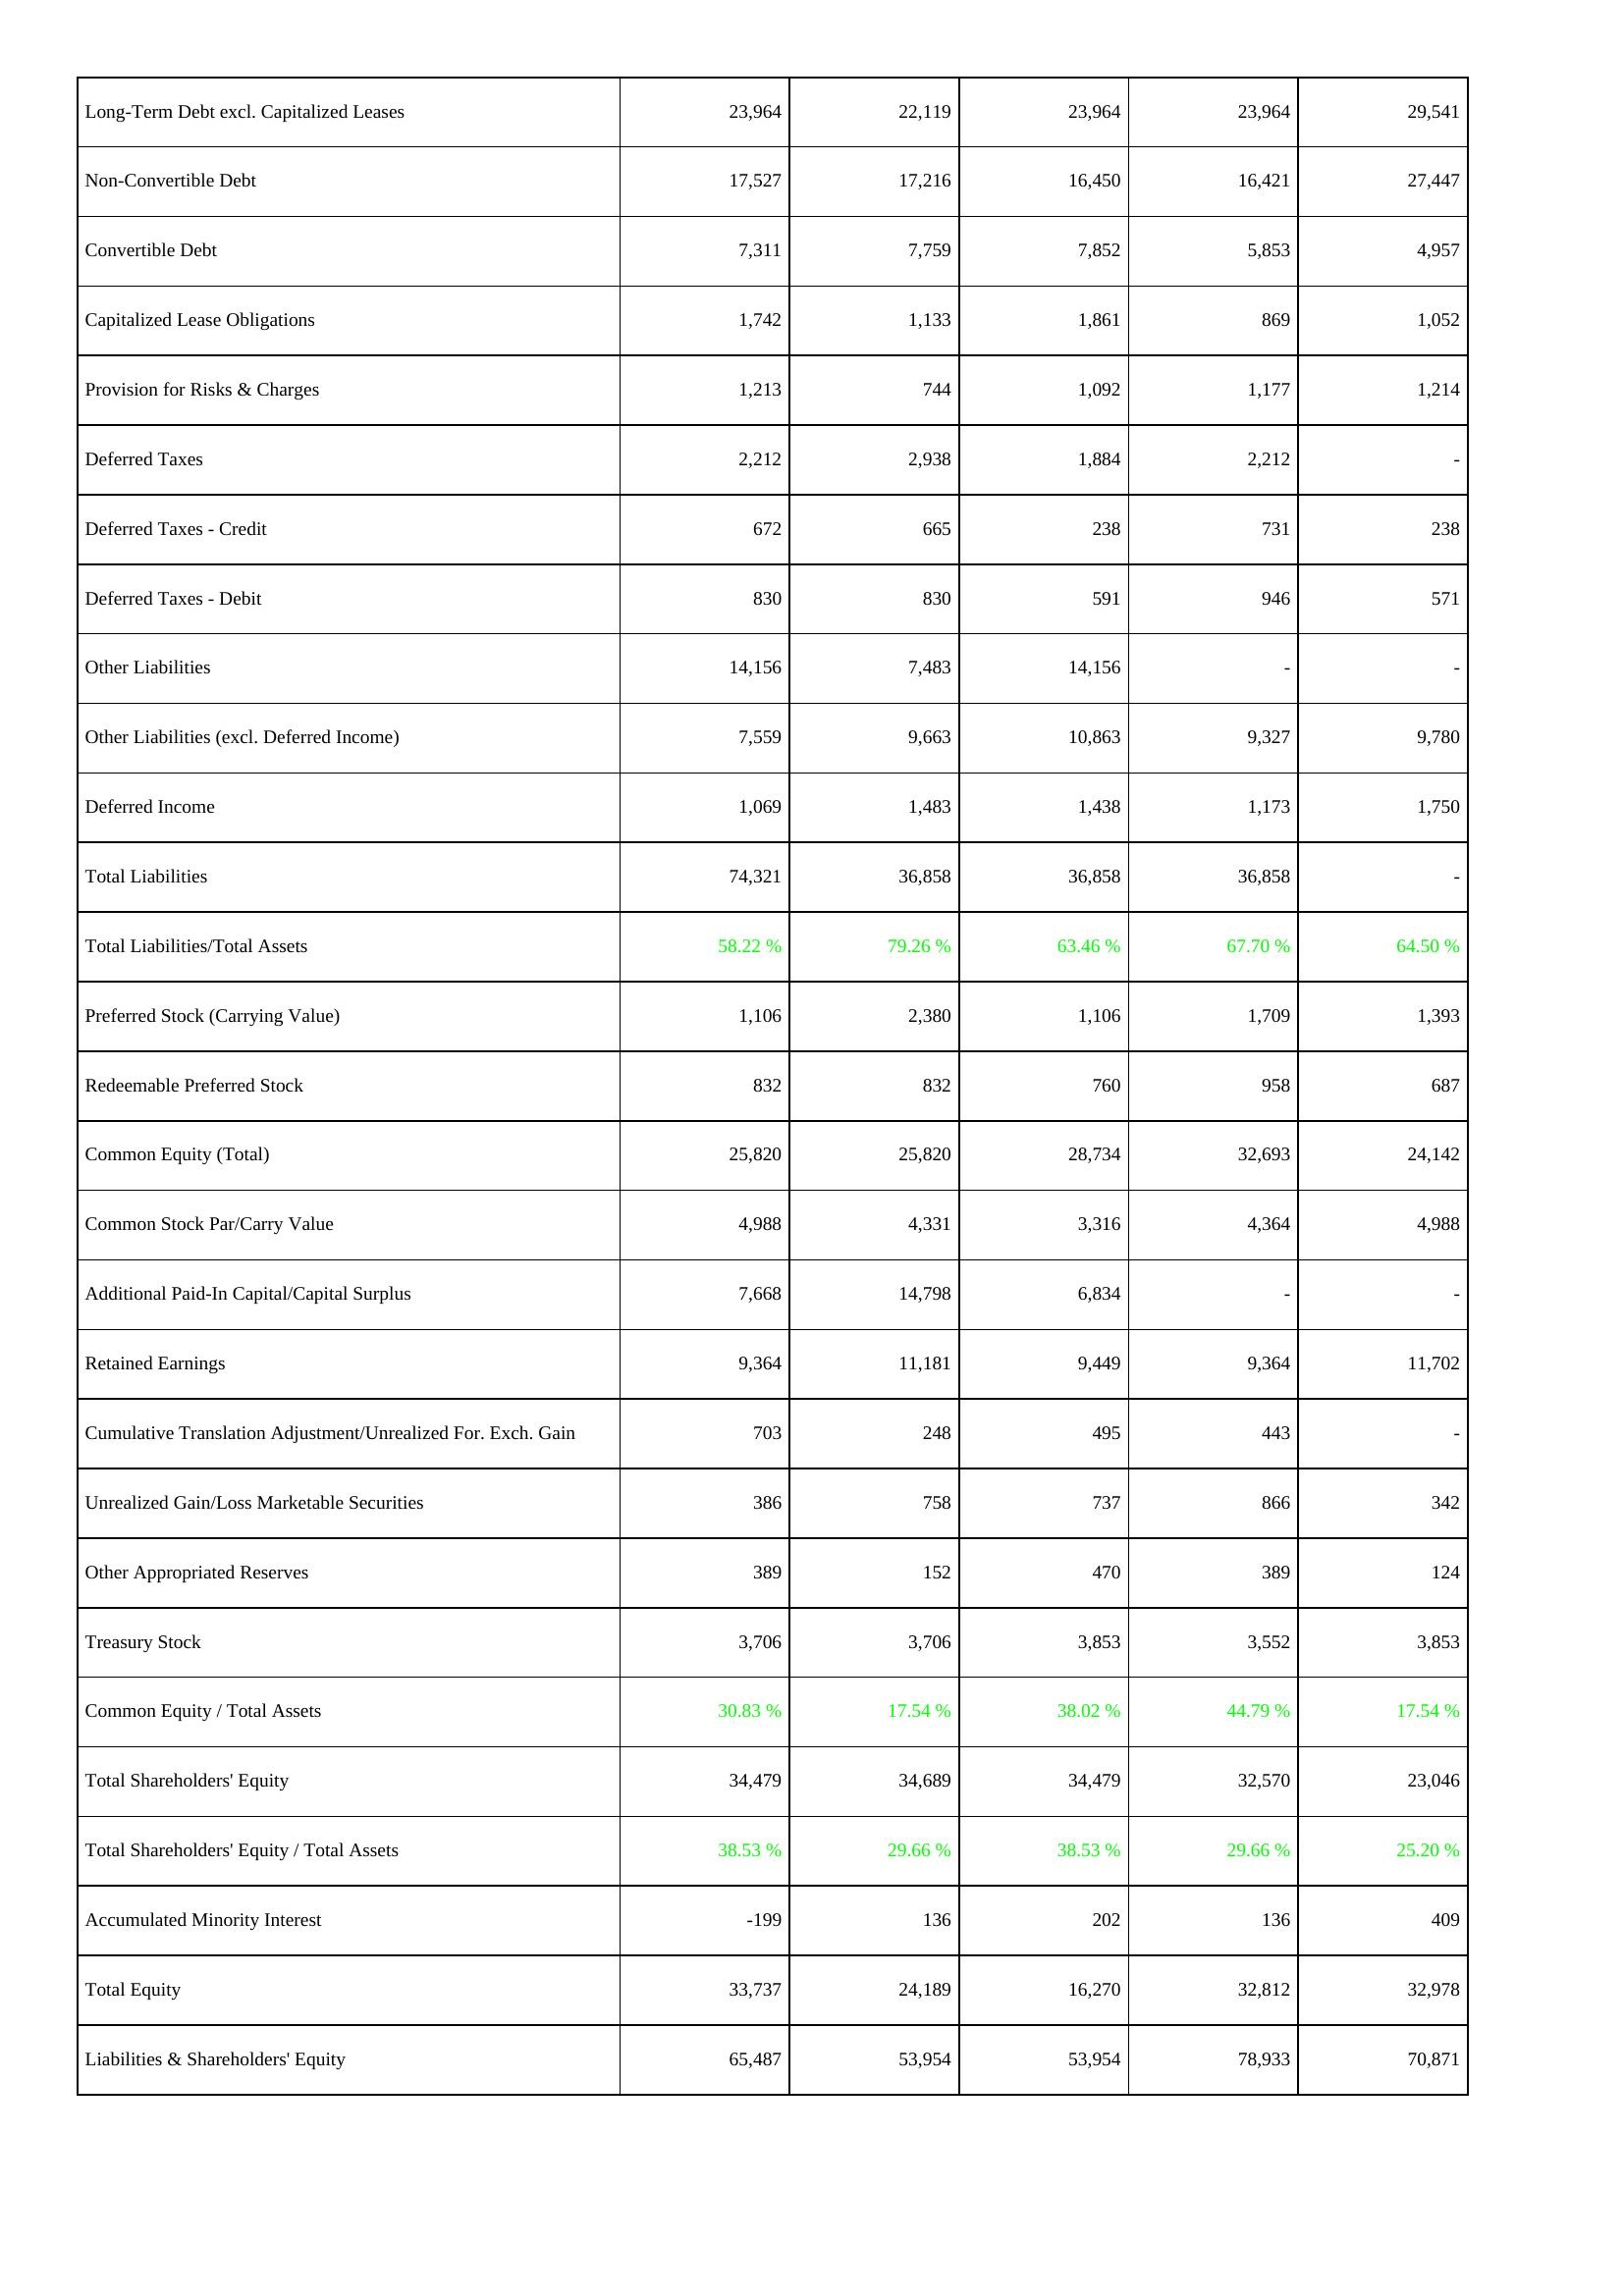
2013: Liabilities & Shareholders' Equity: Long-Term Debt excl. Capitalized Leases: 23,964
Non-Convertible Debt: 17,527
Convertible Debt: 7,311
Capitalized Lease Obligations: 1,742
Provision for Risks & Charges: 1,213
Deferred Taxes: 2,212
Deferred Taxes - Credit: 672
Deferred Taxes - Debit: 830
Other Liabilities: 14,156
Other Liabilities (excl. Deferred Income): 7,559
Deferred Income: 1,069
Total Liabilities: 74,321
Total Liabilities/Total Assets: 58.22 %
Preferred Stock (Carrying Value): 1,106
Redeemable Preferred Stock: 832
Common Equity (Total): 25,820
Common Stock Par/Carry Value: 4,988
Additional Paid-In Capital/Capital Surplus: 7,668
Retained Earnings: 9,364
Cumulative Translation Adjustment/Unrealized For. Exch. Gain: 703
Unrealized Gain/Loss Marketable Securities: 386
Other Appropriated Reserves: 389
Treasury Stock: 3,706
Common Equity / Total Assets: 30.83 %
Total Shareholders' Equity: 34,479
Total Shareholders' Equity / Total Assets: 38.53 %
Accumulated Minority Interest: -199
Total Equity: 33,737
Liabilities & Shareholders' Equity: 65,487
2014: Liabilities & Shareholders' Equity: Long-Term Debt excl. Capitalized Leases: 22,119
Non-Convertible Debt: 17,216
Convertible Debt: 7,759
Capitalized Lease Obligations: 1,133
Provision for Risks & Charges: 744
Deferred Taxes: 2,938
Deferred Taxes - Credit: 665
Deferred Taxes - Debit: 830
Other Liabilities: 7,483
Other Liabilities (excl. Deferred Income): 9,663
Deferred Income: 1,483
Total Liabilities: 36,858
Total Liabilities/Total Assets: 79.26 %
Preferred Stock (Carrying Value): 2,380
Redeemable Preferred Stock: 832
Common Equity (Total): 25,820
Common Stock Par/Carry Value: 4,331
Additional Paid-In Capital/Capital Surplus: 14,798
Retained Earnings: 11,181
Cumulative Translation Adjustment/Unrealized For. Exch. Gain: 248
Unrealized Gain/Loss Marketable Securities: 758
Other Appropriated Reserves: 152
Treasury Stock: 3,706
Common Equity / Total Assets: 17.54 %
Total Shareholders' Equity: 34,689
Total Shareholders' Equity / Total Assets: 29.66 %
Accumulated Minority Interest: 136
Total Equity: 24,189
Liabilities & Shareholders' Equity: 53,954
2015: Liabilities & Shareholders' Equity: Long-Term Debt excl. Capitalized Leases: 23,964
Non-Convertible Debt: 16,450
Convertible Debt: 7,852
Capitalized Lease Obligations: 1,861
Provision for Risks & Charges: 1,092
Deferred Taxes: 1,884
Deferred Taxes - Credit: 238
Deferred Taxes - Debit: 591
Other Liabilities: 14,156
Other Liabilities (excl. Deferred Income): 10,863
Deferred Income: 1,438
Total Liabilities: 36,858
Total Liabilities/Total Assets: 63.46 %
Preferred Stock (Carrying Value): 1,106
Redeemable Preferred Stock: 760
Common Equity (Total): 28,734
Common Stock Par/Carry Value: 3,316
Additional Paid-In Capital/Capital Surplus: 6,834
Retained Earnings: 9,449
Cumulative Translation Adjustment/Unrealized For. Exch. Gain: 495
Unrealized Gain/Loss Marketable Securities: 737
Other Appropriated Reserves: 470
Treasury Stock: 3,853
Common Equity / Total Assets: 38.02 %
Total Shareholders' Equity: 34,479
Total Shareholders' Equity / Total Assets: 38.53 %
Accumulated Minority Interest: 202
Total Equity: 16,270
Liabilities & Shareholders' Equity: 53,954
2016: Liabilities & Shareholders' Equity: Long-Term Debt excl. Capitalized Leases: 23,964
Non-Convertible Debt: 16,421
Convertible Debt: 5,853
Capitalized Lease Obligations: 869
Provision for Risks & Charges: 1,177
Deferred Taxes: 2,212
Deferred Taxes - Credit: 731
Deferred Taxes - Debit: 946
Other Liabilities: -
Other Liabilities (excl. Deferred Income): 9,327
Deferred Income: 1,173
Total Liabilities: 36,858
Total Liabilities/Total Assets: 67.70 %
Preferred Stock (Carrying Value): 1,709
Redeemable Preferred Stock: 958
Common Equity (Total): 32,693
Common Stock Par/Carry Value: 4,364
Additional Paid-In Capital/Capital Surplus: -
Retained Earnings: 9,364
Cumulative Translation Adjustment/Unrealized For. Exch. Gain: 443
Unrealized Gain/Loss Marketable Securities: 866
Other Appropriated Reserves: 389
Treasury Stock: 3,552
Common Equity / Total Assets: 44.79 %
Total Shareholders' Equity: 32,570
Total Shareholders' Equity / Total Assets: 29.66 %
Accumulated Minority Interest: 136
Total Equity: 32,812
Liabilities & Shareholders' Equity: 78,933
2017: Liabilities & Shareholders' Equity: Long-Term Debt excl. Capitalized Leases: 29,541
Non-Convertible Debt: 27,447
Convertible Debt: 4,957
Capitalized Lease Obligations: 1,052
Provision for Risks & Charges: 1,214
Deferred Taxes: -
Deferred Taxes - Credit: 238
Deferred Taxes - Debit: 571
Other Liabilities: -
Other Liabilities (excl. Deferred Income): 9,780
Deferred Income: 1,750
Total Liabilities: -
Total Liabilities/Total Assets: 64.50 %
Preferred Stock (Carrying Value): 1,393
Redeemable Preferred Stock: 687
Common Equity (Total): 24,142
Common Stock Par/Carry Value: 4,988
Additional Paid-In Capital/Capital Surplus: -
Retained Earnings: 11,702
Cumulative Translation Adjustment/Unrealized For. Exch. Gain: -
Unrealized Gain/Loss Marketable Securities: 342
Other Appropriated Reserves: 124
Treasury Stock: 3,853
Common Equity / Total Assets: 17.54 %
Total Shareholders' Equity: 23,046
Total Shareholders' Equity / Total Assets: 25.20 %
Accumulated Minority Interest: 409
Total Equity: 32,978
Liabilities & Shareholders' Equity: 70,871